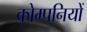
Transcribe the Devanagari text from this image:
कोम्पनियों